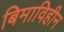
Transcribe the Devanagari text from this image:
बिमाविहीन